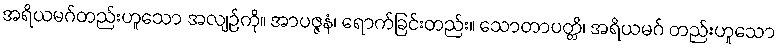
အရိယမဂ်တည်းဟူသော အလျဉ်ကို။ အာပဇ္ဇနံ၊ ရောက်ခြင်းတည်း။ သောတာပတ္တိ၊ အရိယမဂ် တည်းဟူသော